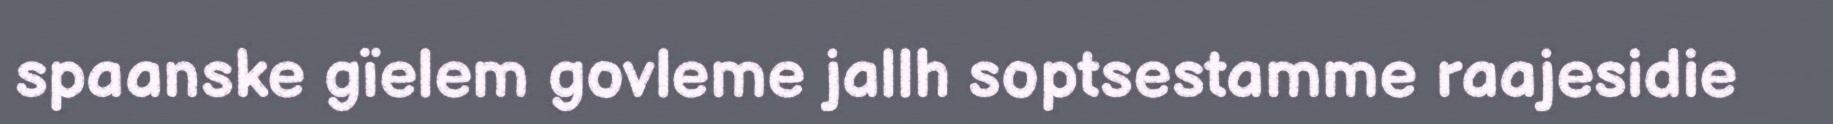
spaanske gïelem govleme jallh soptsestamme raajesidie